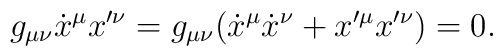
g_{\mu\nu}\dot{x}^\mu x'^\nu=g_{\mu\nu}(\dot{x}^\mu\dot{x}^\nu+x'^\mu x'^\nu)=0,